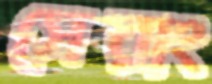
সেরাং